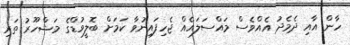
ހާން އާއި ދެމެދު އެއްވެސް މައްސަލައެއް ޖެހިފައިނުވާ ކަމަށް ބޮލީވުޑްގެ މަޝްހޫރު ތަރި